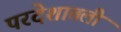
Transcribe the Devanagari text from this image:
परदेशातली